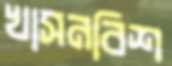
খাসনবিশ